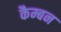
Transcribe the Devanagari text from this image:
कैम्बन